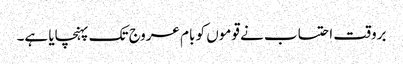
بروقت احتساب نے قوموں کو بام عروج تک پہنچایا ہے۔